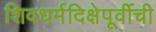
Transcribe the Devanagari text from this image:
शिवधर्मदिक्षेपूर्वीची